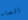
الماء